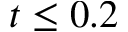
t \leq 0 . 2